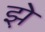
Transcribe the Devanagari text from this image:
झ़े